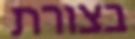
בצורת